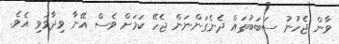
ވާން ޖެހުނު ސަބަބުތައް ދެނެގަންނަން ޖެހޭ ކަމަށް ވެސް އޭނާ ވިދާޅުވި އެވެ.